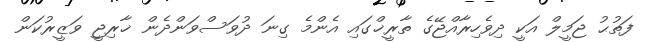
ފަތުޙު ޖަމީލް އަކީ ދިވެހިރާއްޖޭގެ ތާރީޚްގައި އެންމެ ގިނަ ދުވަސްވަންދެން ޚާރިޖީ ވަޒީރުކަން